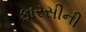
ફારસીની